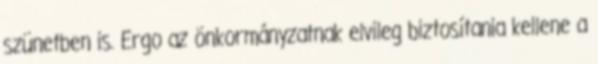
szünetben is. Ergo az önkormányzatnak elvileg biztosítania kellene a